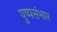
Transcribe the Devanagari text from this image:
पुष्पसंभार